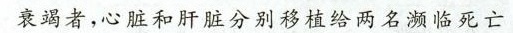
衰竭者，心脏和肝往分别移植给两名濒临死亡